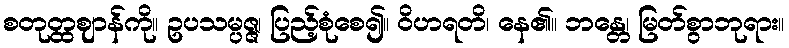
စတုတ္ထဈာန်ကို။ ဥပသမ္ပဇ္ဇ၊ ပြည့်စုံစေ၍။ ဝိဟရတိ၊ နေ၏။ ဘန္တေ၊ မြတ်စွာဘုရား။